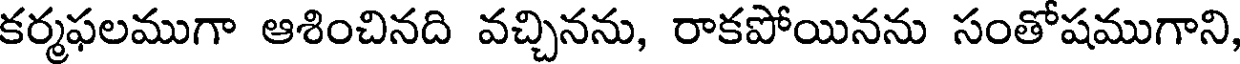
కర్మఫలముగా ఆశించినది వచ్చినను, రాకపోయినను సంతోషముగాని,